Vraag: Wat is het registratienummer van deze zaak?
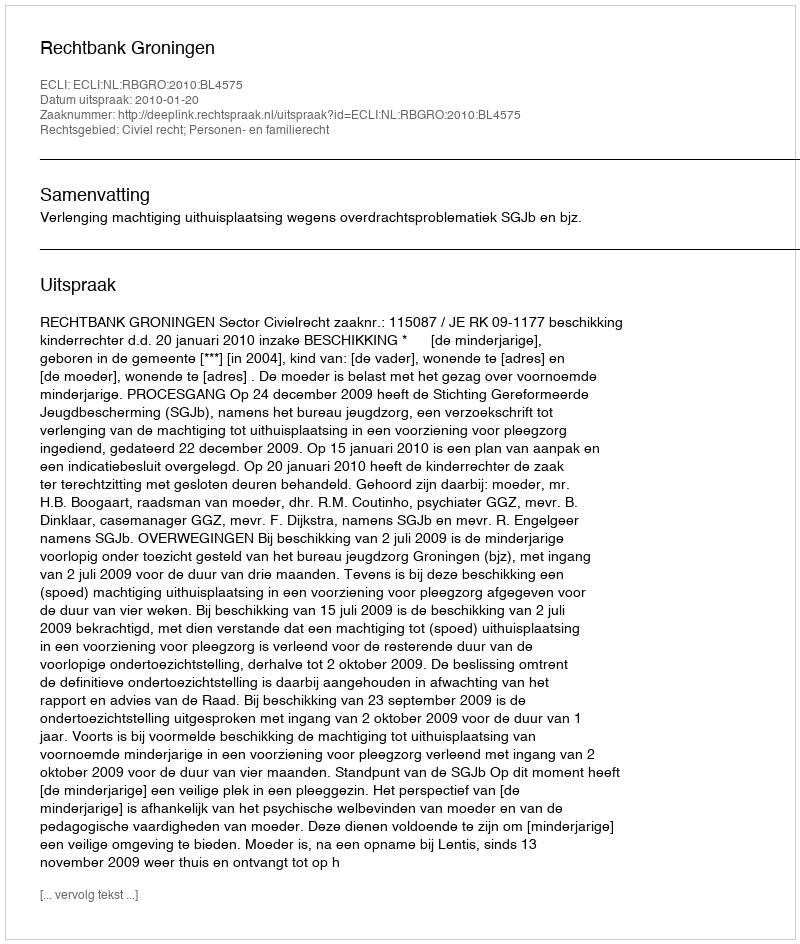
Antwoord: http://deeplink.rechtspraak.nl/uitspraak?id=ECLI:NL:RBGRO:2010:BL4575